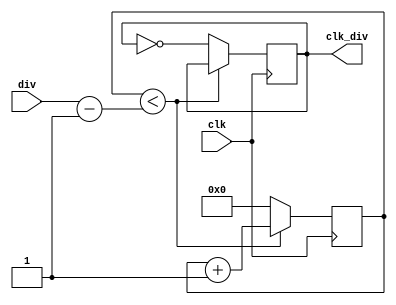
`timescale 1ns / 1ps
//////////////////////////////////////////////////////////////////////////////////
// Company: 
// Engineer: 
// 
// Design Name: 
// Module Name: clock_divider
// Project Name: 
// Target Devices: 
// Tool Versions: 
// Description: 
// 
// Dependencies: 
// 
// Revision:
// Revision 0.01 - File Created
// Additional Comments:
// 
//////////////////////////////////////////////////////////////////////////////////


module clock_divider (
    output reg clk_div,
    input clk,
    input [31:0] div
);
    
    reg [31:0] count;
    
    initial
    begin
        clk_div = 0;
        count = 0;
    end
    
    always @(posedge clk)
    begin
    
        if (count < div - 1) count = count + 1;
        else
        begin
            clk_div = ~clk_div;
            count = 0;
        end
        
    end
    
endmodule